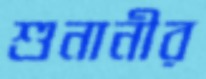
শুনানীর